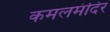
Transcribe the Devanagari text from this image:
कमलमंदिर